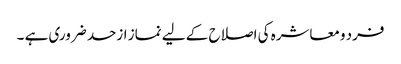
فرد ومعاشرہ کی اصلاح کے لیے نماز ازحد ضروری ہے ۔